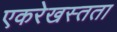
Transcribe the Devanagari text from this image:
एकरेखस्तता